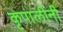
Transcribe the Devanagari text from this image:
कृपालीनी